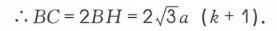
\(\therefore BC = 2BH=2\sqrt{3}a(k + 1)\).